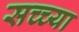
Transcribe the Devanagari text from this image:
सच्च्या